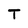
Character: T